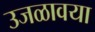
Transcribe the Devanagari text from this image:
उजळावया